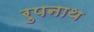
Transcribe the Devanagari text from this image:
रुपनाथ